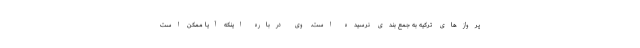
پروازهای ترکیه به جمع بندی نرسیده است. وی درباره اینکه آیا ممکن است